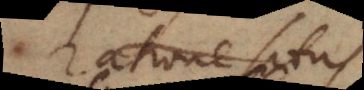
ratione situs